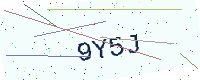
Text: 9Y5J